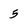
Character: 5